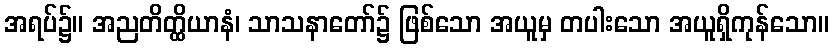
အရပ်၌။ အညတိတ္ထိယာနံ၊ သာသနာတော်၌ ဖြစ်သော အယူမှ တပါးသော အယူရှိကုန်သော။